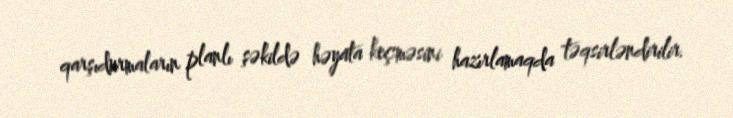
qarşıdurmaların planlı şəkildə həyata keçməsini hazırlamaqda təqsirləndirilir.